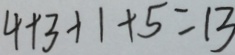
4 + 3 + 1 + 5 = 1 3